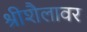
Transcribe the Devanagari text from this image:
श्रीशैलावर